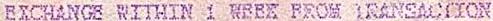
EXCHANGE WITHIN 1 WEEK FROM TRANSACTION